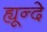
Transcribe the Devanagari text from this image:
ह्यून्दे